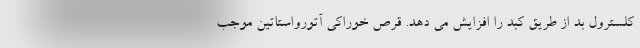
کلسترول بد از طریق کبد را افزایش می دهد. قرص خوراکی آتورواستاتین موجب